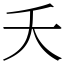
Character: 夭